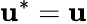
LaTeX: \mathbf{u}^{*}=\mathbf{u}